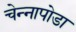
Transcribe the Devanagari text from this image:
चेन्‍नापोडा